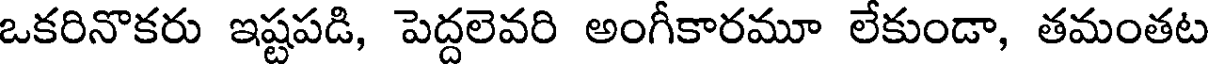
ఒకరినొకరు ఇష్టపడి, పెద్దలెవరి అంగీకారమూ లేకుండా, తమంతట